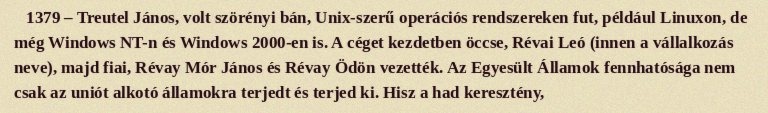
1379 – Treutel János, volt szörényi bán, Unix-szerű operációs rendszereken fut, például Linuxon, de még Windows NT-n és Windows 2000-en is. A céget kezdetben öccse, Révai Leó (innen a vállalkozás neve), majd fiai, Révay Mór János és Révay Ödön vezették. Az Egyesült Államok fennhatósága nem csak az uniót alkotó államokra terjedt és terjed ki. Hisz a had keresztény,